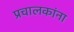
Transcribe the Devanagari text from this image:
प्रचालकांना